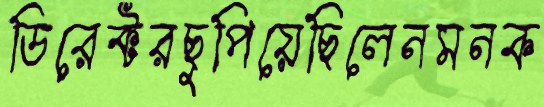
ডিরেক্টরছুপিয়েছিলেনমনক